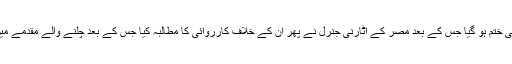
2014 میں ان پر چلایا جانے والا دوسرا مقدمہ بھی ختم ہو گیا جس کے بعد مصر کے اٹارنی جنرل نے پھر ان کے خلاف کارروائی کا مطالبہ کیا جس کے بعد چلنے والے مقدمے میں اب عدالت نے انہیں بے قصور قرار دے دیا ہے۔